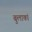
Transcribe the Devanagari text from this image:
बुलाकां